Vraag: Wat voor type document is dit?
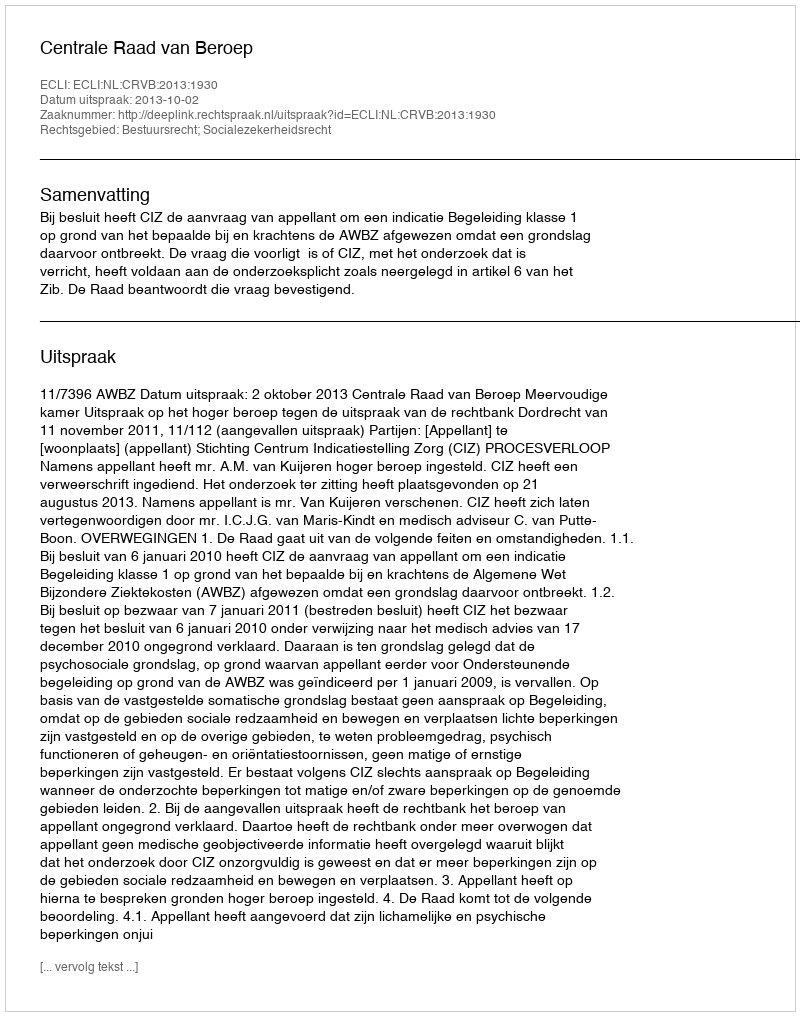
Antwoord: Uitspraak